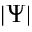
| \Psi |